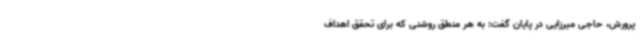
پرورش، حاجی میرزایی در پایان گفت: به هر منطق روشنی که برای تحقق اهداف